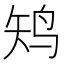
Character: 𱉛